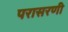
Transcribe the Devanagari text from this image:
परासरणी